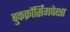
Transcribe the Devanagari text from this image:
बुकक्रॉर्सिंगपेक्षा